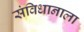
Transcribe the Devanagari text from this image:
संविधानाला